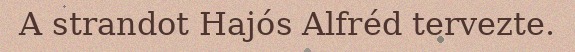
A strandot Hajós Alfréd tervezte.